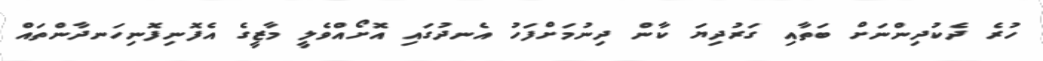
ހުރެ ދެކުދިންނަށް ބަތާއި ގަރުދިޔަ ކާން ދިނުމަށްފަހު އެނދުގައި އޮށޯއްވެލީ މާޒީގެ އެފޮނިފޮނިހަނދާންތައް